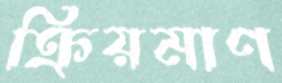
ক্রিয়মাণ